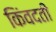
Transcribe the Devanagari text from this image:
किंवदती